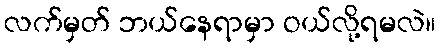
လက်မှတ် ဘယ်နေရာမှာ ဝယ်လို့ရမလဲ။